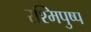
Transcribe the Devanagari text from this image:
रश्मिपुष्प